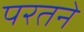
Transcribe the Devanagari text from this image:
परतने